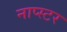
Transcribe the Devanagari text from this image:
नाप्स्टर